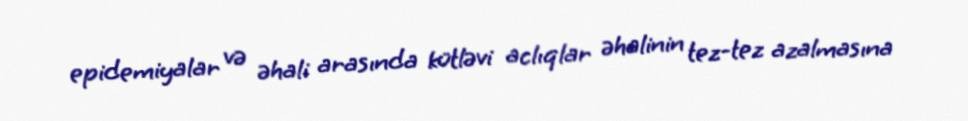
epidemiyalar və əhali arasında kütləvi aclıqlar əhalinin tez-tez azalmasına